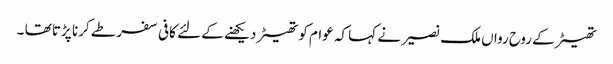
تھیٹر کے روح رواں ملک نصیر نے کہا کہ عوام کو تھیٹر دیکھنے کے لئے کافی سفر طے کرنا پڑتا تھا ۔